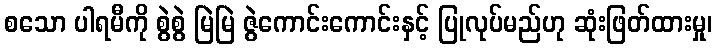
စသော ပါရမီကို စွဲစွဲ မြဲမြဲ ဇွဲကောင်းကောင်းနှင့် ပြုလုပ်မည်ဟု ဆုံးဖြတ်ထားမှု၊